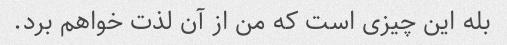
بله این چیزی است که من از آن لذت خواهم برد.